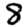
Digit: 8